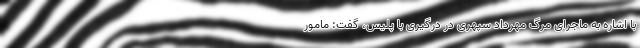
با اشاره به ماجرای مرگ مهرداد سپهری در درگیری با پلیس، گفت: مامور